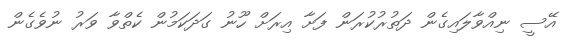
އޭސީ ނިއްވާލައިގެން ދަތުރުކުރަން ފަށާ އިރަށް ހޫނު ގަދަކަމުން ކެތްވާ ވަރު ނުވެގެން